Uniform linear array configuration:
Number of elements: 4
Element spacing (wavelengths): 0.25
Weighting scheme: blackman
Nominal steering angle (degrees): -15
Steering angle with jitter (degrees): -13.313
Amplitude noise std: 0.05
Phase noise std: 0.05

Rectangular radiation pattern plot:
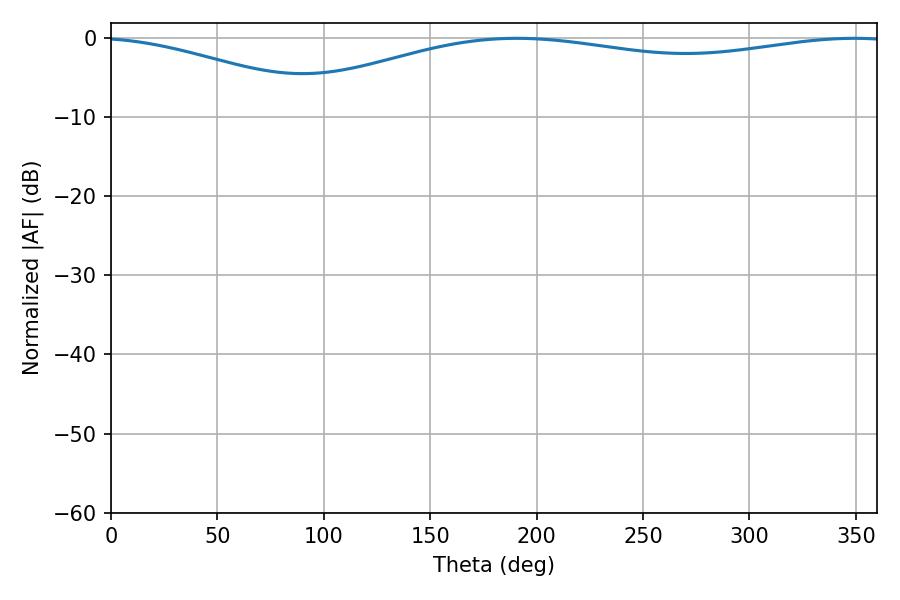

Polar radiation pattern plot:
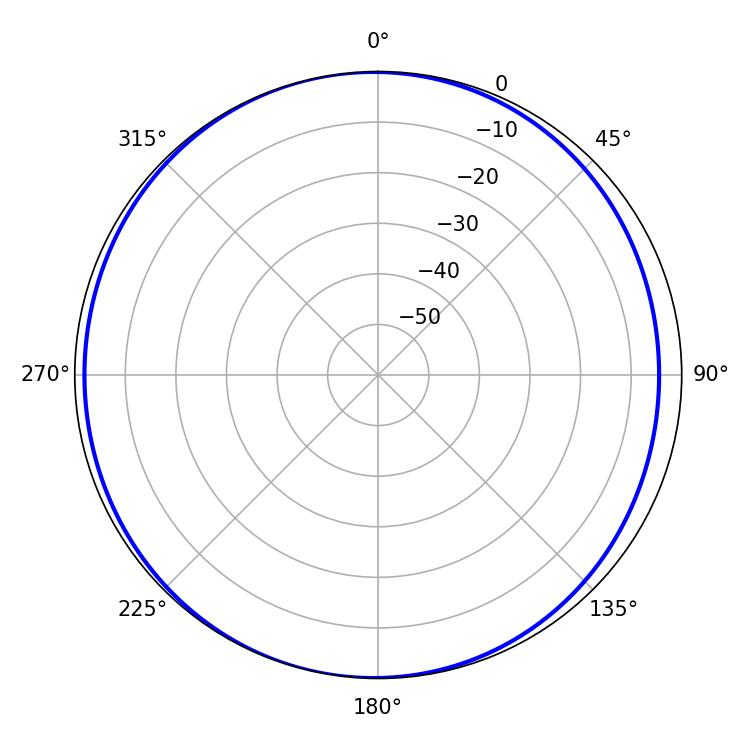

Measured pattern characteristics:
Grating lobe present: FALSE
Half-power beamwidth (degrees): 234.54
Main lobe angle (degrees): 190.62